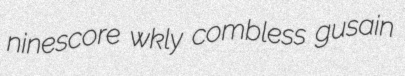
ninescore wkly combless gusain